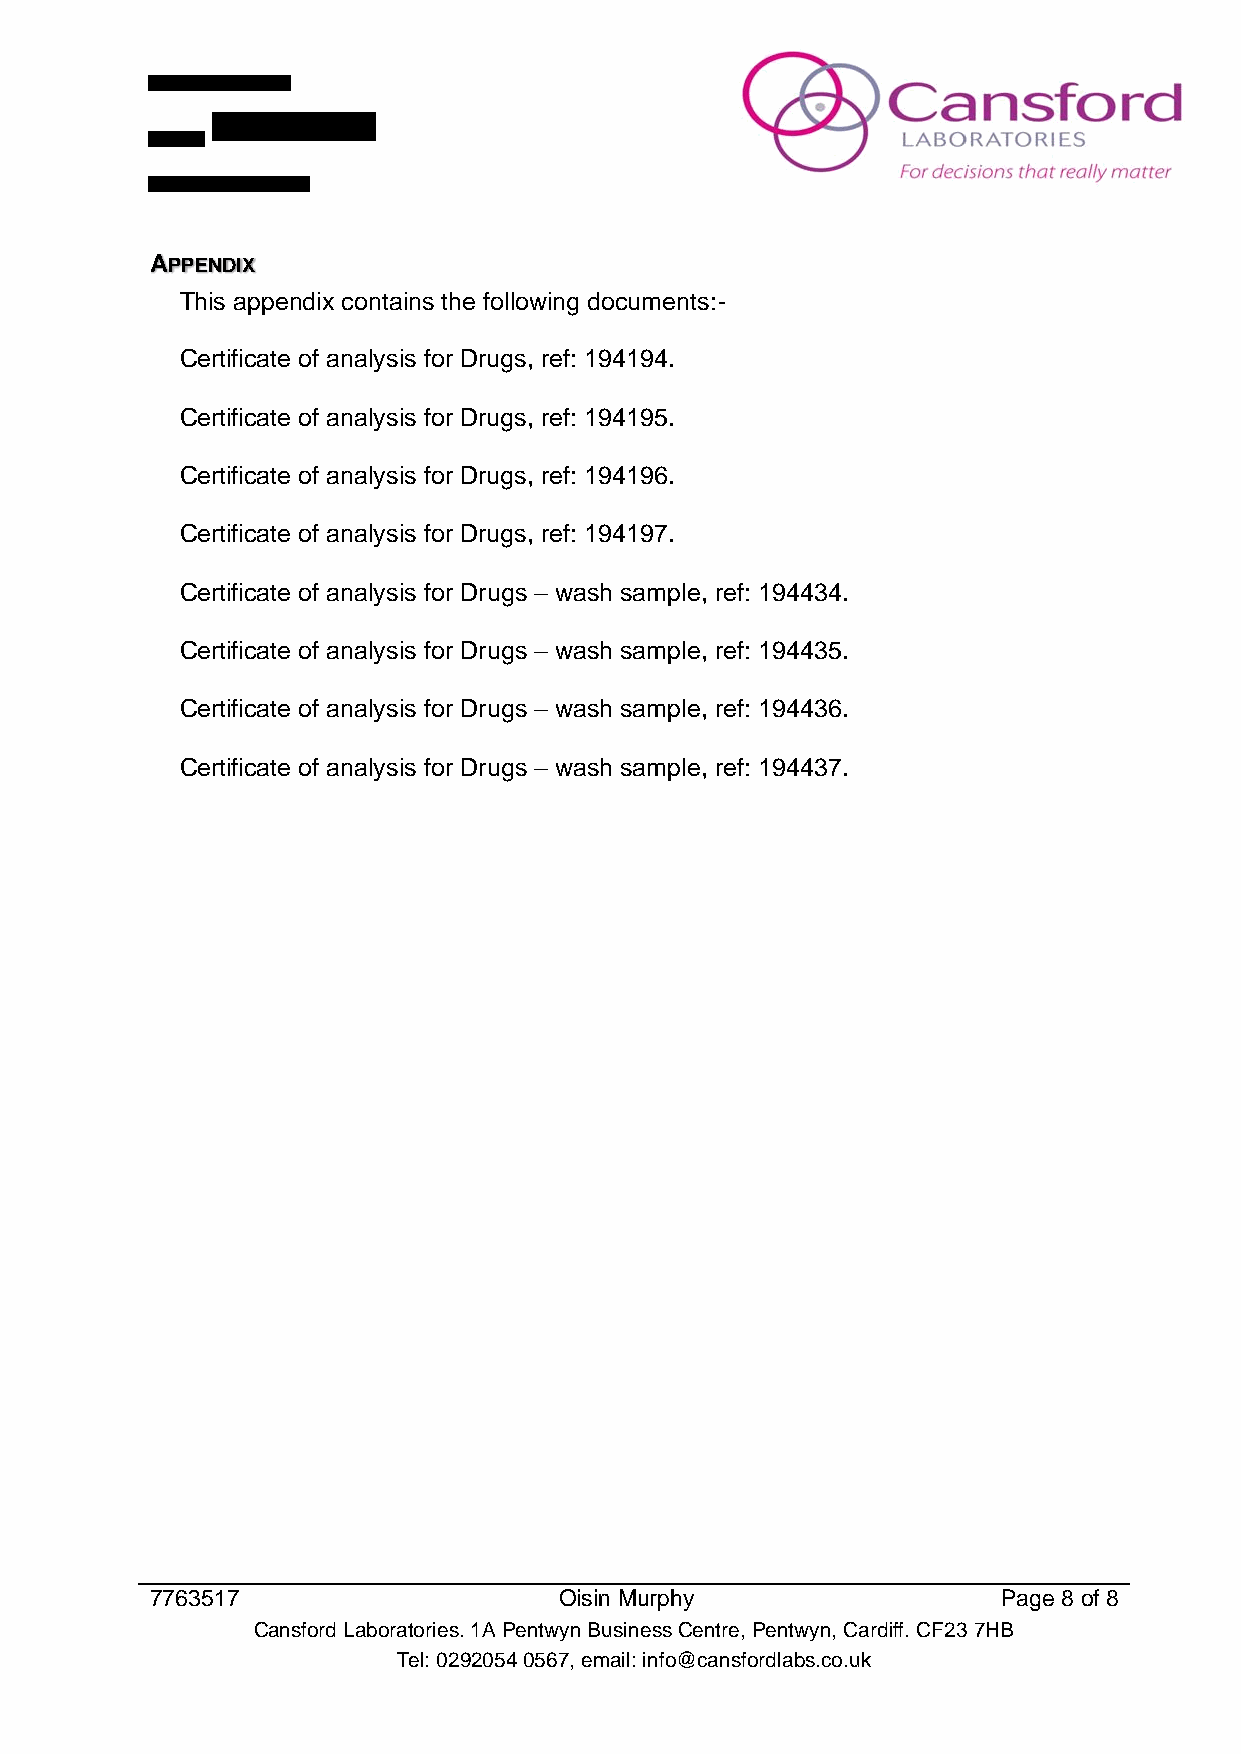
APPENDIX
 This appendix contains the following documents:-
 Certificate of analysis for Drugs, ref: 194194.
 Certificate of analysis for Drugs, ref: 194195.
 Certificate of analysis for Drugs, ref: 194196.
 Certificate of analysis for Drugs, ref: 194197.
 Certificate of analysis for Drugs – wash sample, ref: 194434.
 Certificate of analysis for Drugs – wash sample, ref: 194435.
 Certificate of analysis for Drugs – wash sample, ref: 194436.
 Certificate of analysis for Drugs – wash sample, ref: 194437.
 7763517                    Oisin Murphy                 Page 8 of 8
 Cansford Laboratories. 1A Pentwyn Business Centre, Pentwyn, Cardiff. CF23 7HB
 Tel: 0292054 0567, email: info@cansfordlabs.co.uk